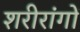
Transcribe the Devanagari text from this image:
शरीरांगों